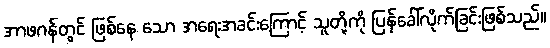
အာဖဂန်တွင် ဖြစ်နေ သော အရေးအခင်းကြောင့် သူတို့ကို ပြန်ခေါ်လိုက်ခြင်းဖြစ်သည်။